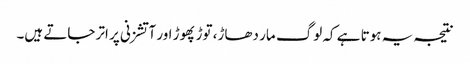
نتیجہ یہ ہوتا ہے کہ لوگ مار دھاڑ، توڑ پھوڑ اور آتشزنی پر اتر جاتے ہیں۔